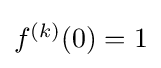
{\textstyle f^{(k)}(0)=1}